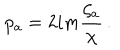
p _ { a } = 2 i m \frac { \zeta _ { a } } { \chi } \, .